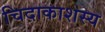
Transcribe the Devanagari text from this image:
चिदाकाशस्य